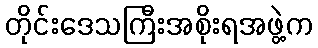
တိုင်းဒေသကြီးအစိုးရအဖွဲ့က